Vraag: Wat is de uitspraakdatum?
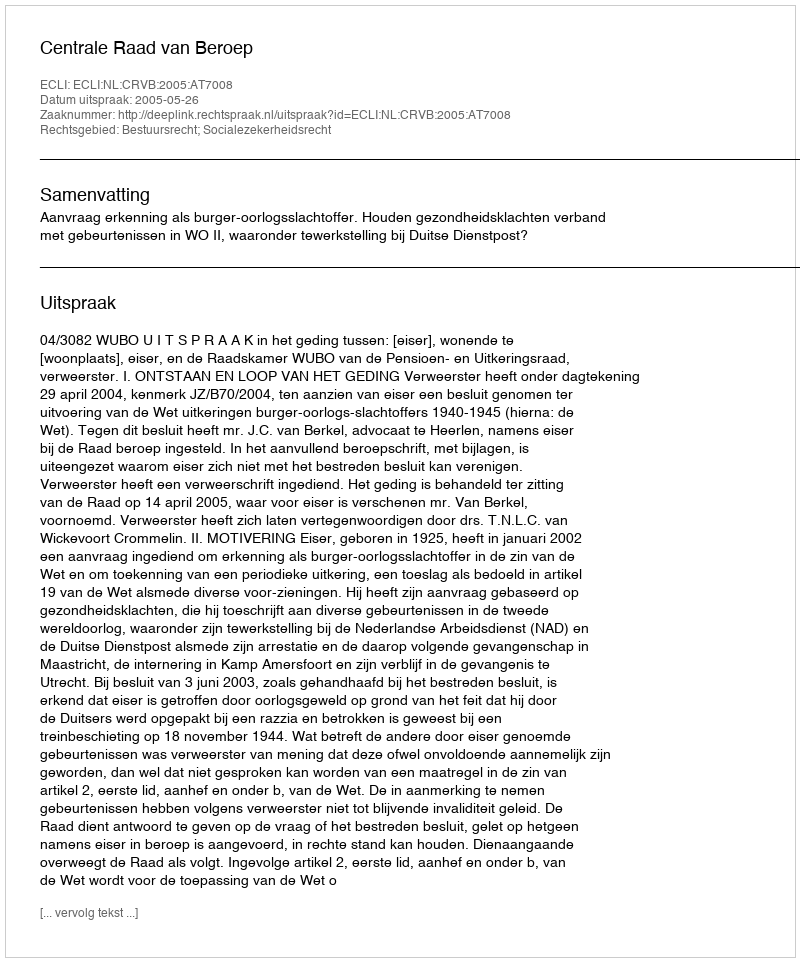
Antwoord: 2005-05-26